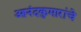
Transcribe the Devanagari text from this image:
आनंदकुमारांचे